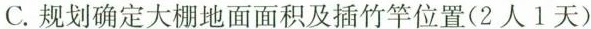
C.规划确定大棚地面面积及插竹竿位置(2人1天)